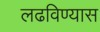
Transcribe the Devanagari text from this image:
लढविण्यास